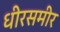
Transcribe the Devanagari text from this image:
धीरसमीर